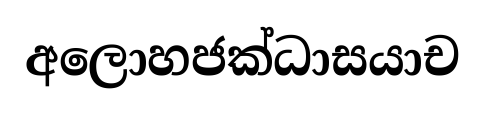
අලොහජක්ධාසයාච